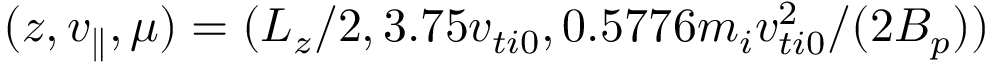
( z , v _ { \parallel } , \mu ) = ( L _ { z } / 2 , 3 . 7 5 v _ { t i 0 } , 0 . 5 7 7 6 m _ { i } v _ { t i 0 } ^ { 2 } / ( 2 \ensuremath { B _ { p } } ) )